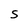
Character: S